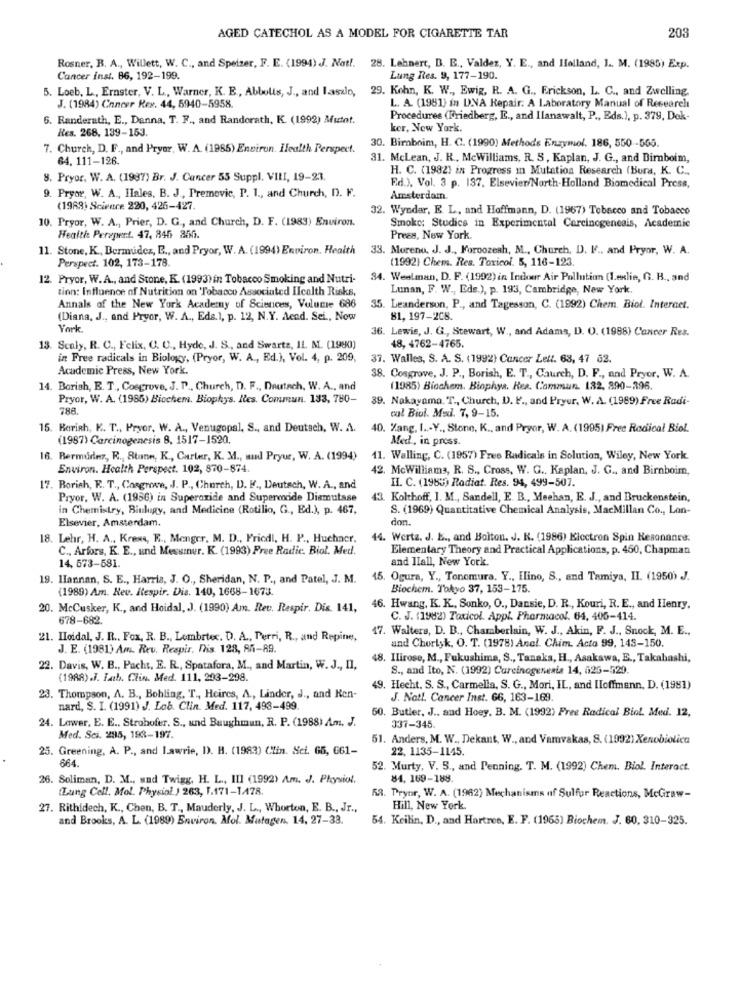
203
AGED CATECHOL AS A MODEL FOR CIGARETTE TAR
Rosner, B. A ., Willett, W. C ., and Spetzer, F. E. (1994) J. Not !. 28. Lehnert, B. B ., Valdez, Y. E ., and Ilolland, 1 .. M. (1985) Exp.
Cancer inst. 86, 192-199.
Lung Res. 9, 177-190.
5. Loeb, L ., Ernster, V. L ., Warner, K. E ., Abbolts, J ., and Laszlo,
29. Kohn, K. W ., Ewig, R. A. G ., Erickson, L. C ., and Zwelling.
L. A. (1981) in DNA Repair: A Laboratory Manual of Research
J. (1984) Cancer Res. 44, 5940-5958.
6. Randerath, E ., Danna, T. F ., and Randorath, K. (1992) Mutat.
Procedures (Friedberg, E ., and Ilanawalt, P ., Eds.), p. 379, Dok-
Res. 268, 139-153.
ker, New York.
7. Church, D. F ., and Pryor, W. A. (1985) Environ. Health Perspect.
30. Bimboim, H. C. (1990) Methods Enzymol. 186, 550 -565.
64, 111-126.
31. McLean, J. R ., McWilliams, R. S, Kaplan, J. G ., and Dimboim,
H. C. (1982) in Progress In Mutation Research (Bura, K. C .,
8. Pryor, W. A. (1987) Br. J. Cancer 55 Suppl. VIII, 19-23.
F.d.), Vol. 3 p. 137. Elsevier/North-Holland Biomedical Press,
9. Pryor, W. A ., Hales, B. J, Premovic, P. 1 ., and Church, D. F.
Amsterdam.
(1983) Science 220, 426-427.
32. Wynder, E. L. and Hoffmann, D. (1967) Tobacco and Tobacco
10. Pryor, W. A ., Prier, D. G ., and Church, D. F. (1983) Environ.
Smoke: Studies in Experimental Carcinogenesis, Academie
Health Perspent. 47, 845 300.
Press, New York.
11. Stone, K ., Bermudez, E ., and Pryor, W. A. (1994) Environ, Health
33. Moreno, J. J ., Foroozesh, M ., Church, D. F ., and Pryor, W. A.
Perspect. 102, 173-178.
(1992) Chem. Res. Toxicol. 5, 116-123
12. Pryor, W.A ., and Stone, K. (1993) in Tobacco Smoking and Nutri-
34. Weelman, D. F. (1992) in Indoor Air Pollution (Leslie, G. B ., and
tion: Influence of Nutrition on Tobacco Associated Health Risks,
Lunan, F. W ., Eds.), p. 193, Cambridge, New York.
Annals of the New York Academy of Sciences, Volume 686
35. Leanderson, P ., and Tagesson, C. (1992) Chem. Biol. Interact.
(Diana, J ., and Pryor, W. A ., Eds.1, p. 12, N.Y. Acad. Sei ., Now
81, 197-208.
York
36. Lewis, J. G ., Stewart, W ., and Adams, D. O. (1988) Cancer Res.
13. Scaly, R. C ., Felix, C. U ., Hyde, J. S ., and Swartz, IL. M. (1980)
48, 4762-4765.
in Free radicals in Biology, (Pryor, W. A ., Ed.), Vol. 4, p. 209,
37. Walles, S. A. S. (1992) Cancer Lett. 63, 47 62.
Academic Press, New York.
38. Cosgrove, J. P ., Borish, E. T ., Church, D. F ., and Pryor, W. A.
14. Borish, E. T ., Cosgrove, J. P ., Church, D. F ., Deutsch, W. A ., and
(1985) Biochem. Biophys. Res. Commun. 132, 890-396.
Pryor, W. A. (1985) Biochem. Biophys. les. Commun. 133, 780-
39. Nakayama. T ., Church, D. F ., and Pryur, W. A. (1989) Free Radi-
788.
cul Biul. Med. 7, 9-15.
15. Rerich, K. T ., Pryor, W. A ., Venugopal, S ., and Deutsch, W. A.
40. Yang, I .- Y ., Stone, K ., and Pryor, W. A. (1995) Free Radical Biol.
(1987) Carcinogenesis 8, 1517-1520.
Med, in press.
16. Bermudez, R ., Stann, K ., Carter, K. M ., aud Pryur, W. A. (1994)
11. Walling, C. (1957) Free Radicals in Solution, Wiley, New York.
Environ. Health Perspect. 102, 870-874.
42. McWilliams, R. S ., Cross, W. C ., Kaplan, J. G ., and Birnboim,
II. C. (1985) Radiat. Res. 94, 499-501.
17. Borish, R. T ., Cosgrove, J. P ., Church, D. H ., Deutsch, W. A ., and
Pryor, W. A. (1936) in Superoxide and Superoxide Dismutase
43. Kolthoff, I. M ., Sandell, E. B ., Meehan, E. J ., and Bruckenstein,
in Chemistry, Binligy, and Medicine (Rotilio, G ., Ed.), p. 467,
S. (1969) Quantitative Chemical Analysis, MacMillan Co ., Lan-
Elsevier, Amsterdam.
don.
18. Lehr, H. A ., Kress, E ., Menger, M. D ., Fricdl, H. P ., Huchaer.
44. Wertz. J. E ., and Bolton, J. K. (1986) Electron Spin Resonance.
C ., Arfors, K. E ., und Messinur. K. (1993) Free Radic. Biol. Med.
Elementary Theory and Practical Applications, p. 450, Chapman
and IIall, New York.
14, 673-581.
19. Hannan, S. E ., Harris, J. O ., Sheridan, N. P ., and Patel, J. M.
15. Ogura, Y ., Tonomura, Y ., Elino, S ., and Tamiya, II. (1950) J.
(1989) Am. Rev. Respir. Dis. 140, 1668-1673.
Biochem. Tokyo 37, 153-175.
20. McCusker, K ., and Hoidal, J. (1990) Am. Rev. Respir. Dis. 141,
46. Hwang, K. K ., Sonko, O ., Dansie, D. R ., Kouri, R. E ., and Henry.
678-682.
C. J. (1982) Toxicol. Appl. Pharmacol. 64, 406-414.
17. Walters, D. B ., Chamberlain, W. J ., Akin, F. J ., Snock, M. E .,
21. Hoidal, J. R .. Fox, R. B ., Lombrtex. D. A ., Perri, R ., and Repine,
J. E. (1981) Am. Rev. Respir, Dis 128, AR-89.
and Churlyk, O. T. (1978) Anal. Chim. Acta 99, 143-150.
48. Ilirose, M ., Fukushima, S ., Tanaka, H ., Asakawa, E ., Takahashi,
22. Davis, W. B ., Pacht, E. R ., Spatafora, M ., and Martin, W. J ., Il,
S ., and Ito, N. (1992) Carcinogenesis 14, 626-520.
(1988) .J. Fab. Clin. Med. 111, 203-298.
49. Hecht. S. S ., Carmella, S. G ., Mori, IL, and Hoffmann, D. (1981)
23. Thompson, A. B ., Bobling, T ., Heires, A ., Linder, J ., and Ken-
J. Not !. Cancer Inst. 66, 163-169.
nard, S. I. (1991) J. Lab. Clin. Med. 117, 498-499.
60. Butler, J .. and Hoey. B. M. (1992) Free Radical Biol. Med. 12,
24. Lower, E. E ., Strobofer. S ., und Baughmun, R. P. (1988) Am. J.
337-345.
Med. Sci. 295, 198-197.
51. Anders, M. W ., Dekant, W ., and Vamvakas, S. (1992) Xenobiolica
25. Greening, A. P ., and Lawrie, D. H. (1983) Clin. Sci. 65, 661-
22, 1135-1145.
664.
52. Murty, V. S ., and Penning. T. M. (1992) Chem. Biol. Interact.
26. Soliman, D. M ., und Twigg, H. L ., III (1992) Am. J. Physiol.
84, 169-188.
(Lung Cell. Mol. Physiol. ) 263, 1.171-1478
52. Pryor, W. A. (1962) Mechanisms of Sulfur Reactions, McGraw-
27. Rithidech, K ., Chen, B. T ., Mauderly, J. L ., Whorton, E. B ., Jr .,
Hill, New York.
and Brooks, A. L. (1989) Environ. Mol. Mutagen. 14, 27-38.
54. Keilin, D ., and Hartree, E. F. (1965) Biochem. J. 60, 310-325.